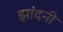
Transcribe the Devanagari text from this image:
झांदनी